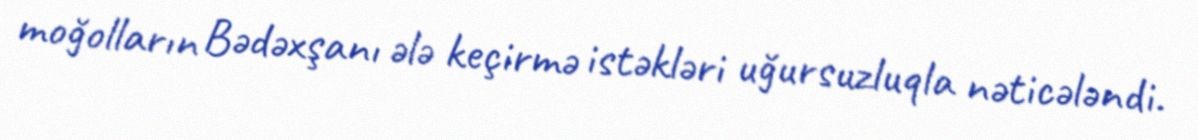
moğolların Bədəxşanı ələ keçirmə istəkləri uğursuzluqla nəticələndi.